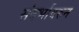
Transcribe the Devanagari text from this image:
संदर्भावरुन